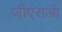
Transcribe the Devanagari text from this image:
जीएसओ